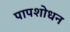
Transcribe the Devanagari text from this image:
पापशोधन